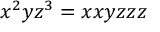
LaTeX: x ^ { 2 } y z ^ { 3 } = x x y z z z